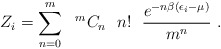
\begin{align*}Z_{i}=\sum_{n=0}^{m} \ \ {}^{m}C_{n} \ \ n! \ \ \frac{e^{-n \beta(\epsilon_{i}-\mu)}}{m^{n}} \ .\end{align*}